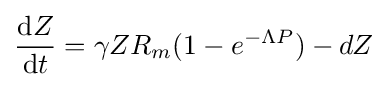
{\frac {\mathrm {d} Z}{\mathrm {d} t}}=\gamma ZR_{m}(1-e^{-\Lambda P})-dZ